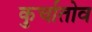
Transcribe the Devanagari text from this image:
कुर्चातोव